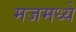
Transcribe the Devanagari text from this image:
मजमध्ये